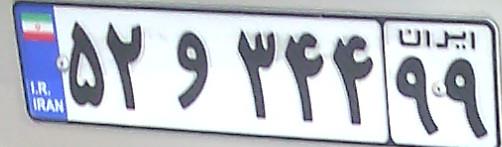
۵۲و۳۴۴۹۹